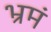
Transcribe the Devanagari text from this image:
भ्रमं